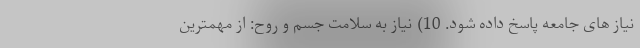
نیاز های جامعه پاسخ داده شود. 10) نیاز به سلامت جسم و روح: از مهمترین